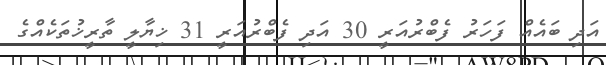
އަދި ބައެއް ފަހަރު ފެބްރުއަރީ 30 އަދި ފެބްރުއަރީ 31 ޚިޔާލީ ތާރީޚުތަކެއްގެ